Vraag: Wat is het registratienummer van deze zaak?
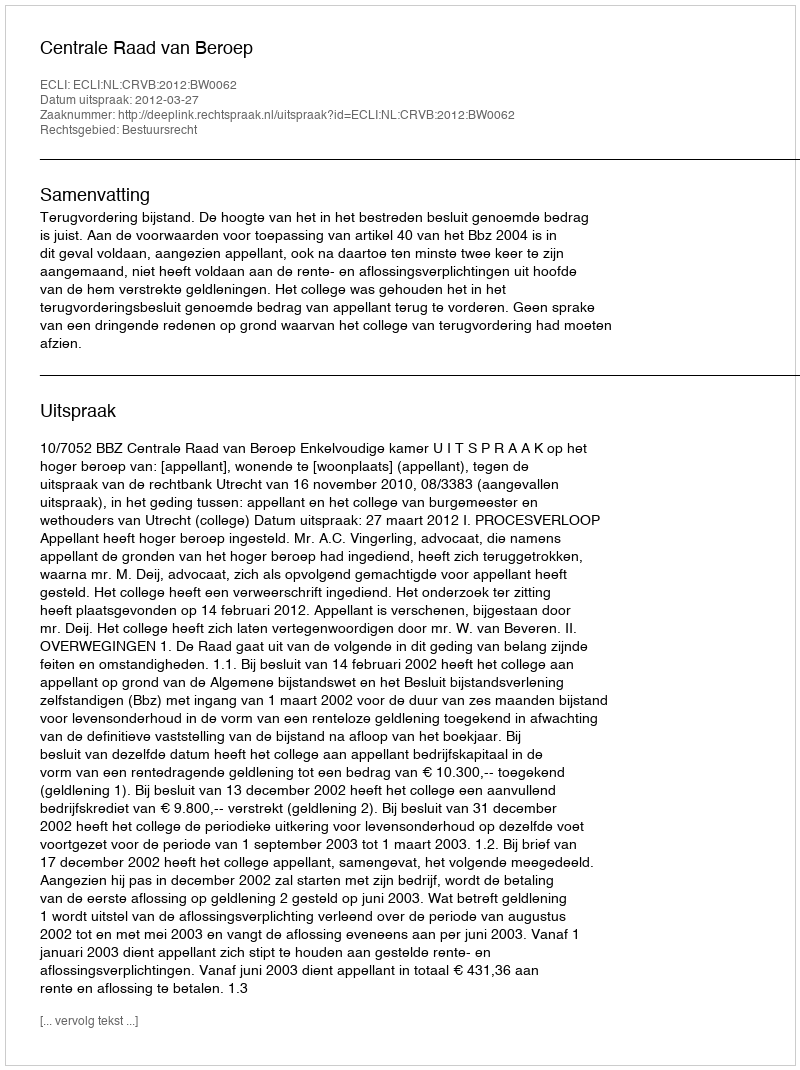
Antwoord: http://deeplink.rechtspraak.nl/uitspraak?id=ECLI:NL:CRVB:2012:BW0062